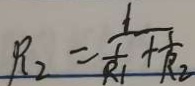
R _ { 2 } = \frac { 1 } { \frac { 1 } { R _ { 1 } } + \frac { 1 } { R _ { 2 } } }